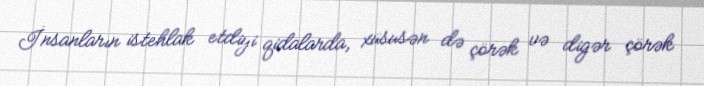
İnsanların istehlak etdiyi qidalarda, xüsusən də çörək və digər çörək